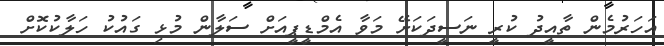
އަހަރުމެން ތާއީދު ކުރީ ނަސީދަކަށޭ މަވާ އެމްޑީޕީއަށް ސަލާން މުޅި ގައުކު ހަލާކުކޮށް